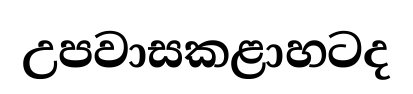
උපවාසකළාහටද